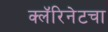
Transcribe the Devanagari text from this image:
क्लॅरिनेटचा